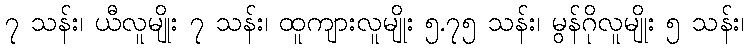
၇ သန်း၊ ယီလူမျိုး ၇ သန်း၊ ထူကျားလူမျိုး ၅.၇၅ သန်း၊ မွန်ဂိုလူမျိုး ၅ သန်း၊